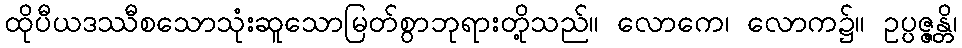
ထိုပီယဒဿီစသောသုံးဆူသောမြတ်စွာဘုရားတို့သည်။ လောကေ၊ လောက၌။ ဥပ္ပဇ္ဇန္တိ၊